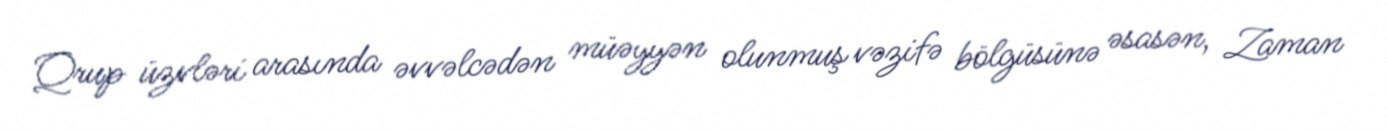
Qrup üzvləri arasında əvvəlcədən müəyyən olunmuş vəzifə bölgüsünə əsasən, Zaman